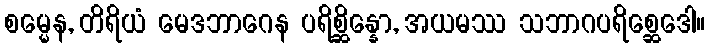
စမ္မေန, တိရိယံ မေဒဘာဂေန ပရိစ္ဆိန္နော, အယမဿ သဘာဂပရိစ္ဆေဒေါ။